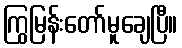
ကြွမြန်းတော်မူချေပြီ။